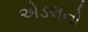
એડલનો